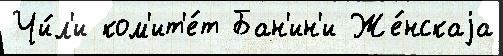
Чи́л'и ком'ит'е́т Бан'ин'и Же́нскаjа